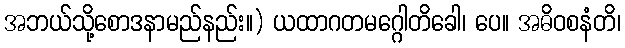
အဘယ်သို့စောဒနာမည်နည်း။) ယထာဂတမဂ္ဂေါတိခေါ၊ ပေ။ အဓိဝစနံတိ၊